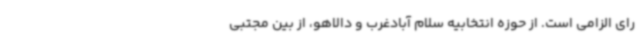
رای الزامی است. از حوزه انتخابیه سلام آبادغرب و دالاهو، از بین مجتبی